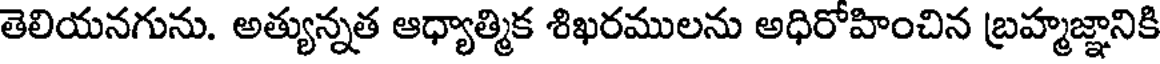
తెలియనగును. అత్యున్నత ఆధ్యాత్మిక శిఖరములను అధిరోహించిన బ్రహ్మజ్ఞానికి